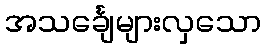
အသင်္ချေများလှသော